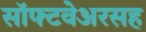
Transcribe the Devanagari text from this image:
सॉफ्टवेअरसह